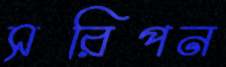
সরিপন